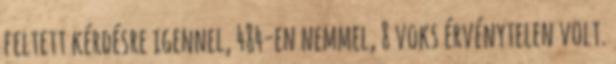
feltett kérdésre igennel, 484-en nemmel, 8 voks érvénytelen volt.